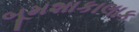
બૂમશાકાલાક